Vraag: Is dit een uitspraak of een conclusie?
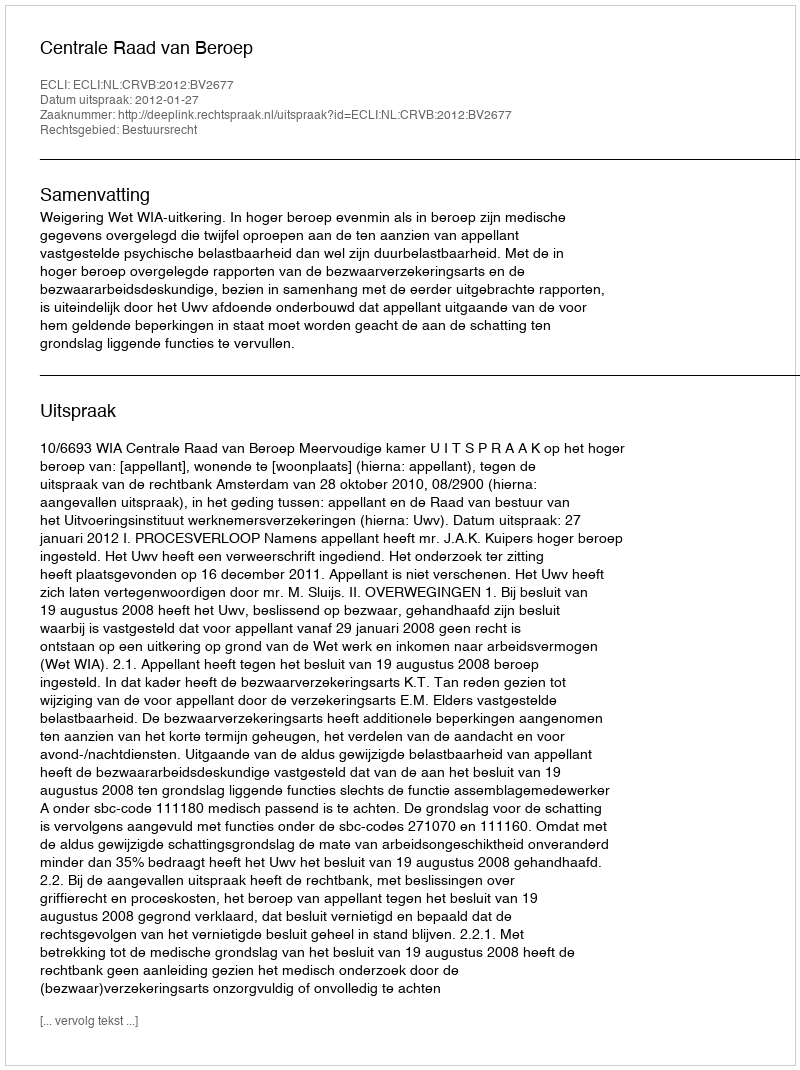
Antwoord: Uitspraak